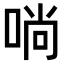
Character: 𠶤